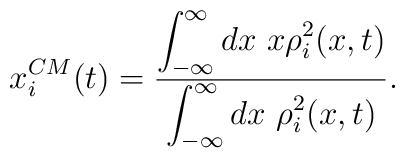
x^{CM}_{i}(t)=\frac{\displaystyle{\int_{-\infty}^\infty dx~ x \rho^2_{i}(x,t)}}{         \displaystyle{\int_{-\infty}^\infty dx~\rho^2_{i}(x,t)}}.